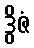
ဒွိဇံ